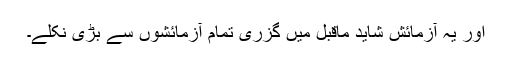
اور یہ آزمائش شاید ماقبل میں گزری تمام آزمائشوں سے بڑی نکلے۔